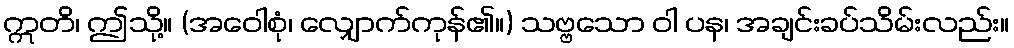
ဣတိ၊ ဤသို့။ (အဝေါစုံ၊ လျှောက်ကုန်၏။) သဗ္ဗသော ဝါ ပန၊ အချင်းခပ်သိမ်းလည်း။